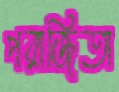
পরাজিতা